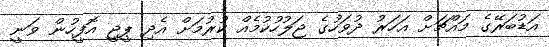
އަޑުބަރޭގެ މައްޗަށް އަހަރު ދުވަހުގެ ޖަލުހުކުމެއް ކުރުމަށް އެދި ޕީޖީ އޮފީހުން ވަނީ